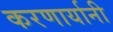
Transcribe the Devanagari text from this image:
करणार्यानी